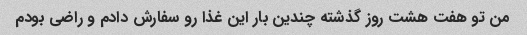
من تو هفت هشت روز گذشته چندین بار این غذا رو سفارش دادم و راضی بودم